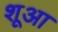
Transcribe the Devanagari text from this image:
शूआ